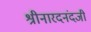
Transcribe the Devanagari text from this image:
श्रीनारदनंदजी